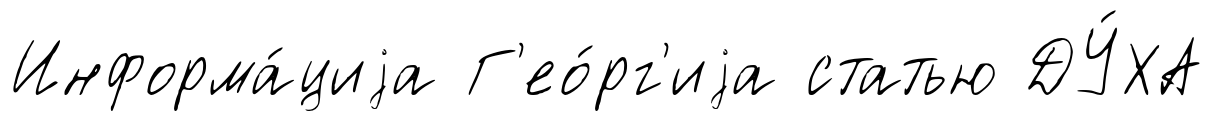
Информа́циjа Г'ео́рг'иjа статью ДУ́ХА